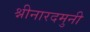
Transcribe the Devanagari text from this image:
श्नीनारदमुनी